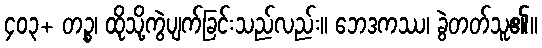
၄၀၃+ တဉ္စ၊ ထိုသို့ကွဲပျက်ခြင်းသည်လည်း။ ဘေဒကဿ၊ ခွဲတတ်သူ၏။